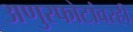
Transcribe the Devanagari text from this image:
अणुस्फोटांवरही